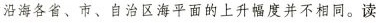
沿海各省、市、自治区海平面的上升幅度并不相同。读